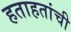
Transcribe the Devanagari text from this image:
हताहतांची